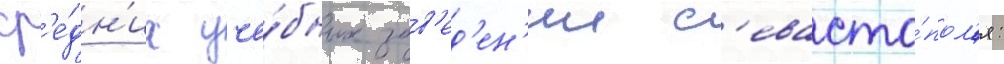
ср'е́дн'их уче́бных зав'ед'ен'ии с'евасто́пол'я: